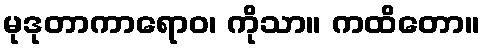
မုဒုတာကာရောဝ၊ ကိုသာ။ ကထိတော။